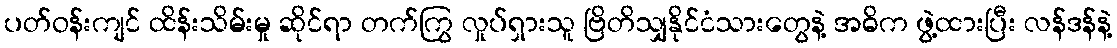
ပတ်ဝန်းကျင် ထိန်းသိမ်းမှု ဆိုင်ရာ တက်ကြွ လှုပ်ရှားသူ ဗြိတိသျှနိုင်ငံသားတွေနဲ့ အဓိက ဖွဲ့ထားပြီး လန်ဒန်နဲ့